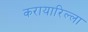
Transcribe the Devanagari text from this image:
करायारिल्ला